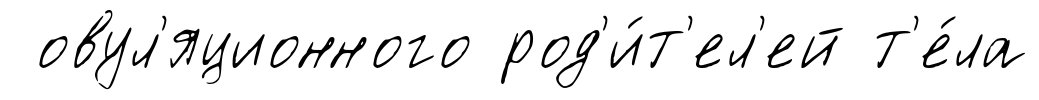
овул'яционного род'и́т'ел'ей т'е́ла